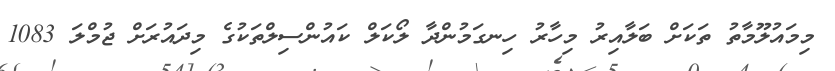
މިމައުލޫމާތު ތަކަށް ބަލާއިރު މިހާރު ހިނގަމުންދާ ލޯކަލް ކައުންސިލްތަކުގެ މިދައުރަށް ޖުމްލަ 1083